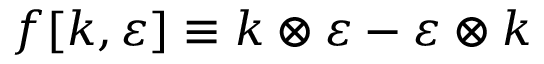
f [ k , \varepsilon ] \equiv k \otimes \varepsilon - \varepsilon \otimes k